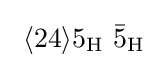
\ \langle 24\rangle 5_{\mathrm {H} }\ {\bar {5}}_{\mathrm {H} }~